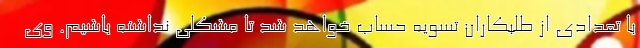
با تعدادی از طلبکاران تسویه حساب خواهد شد تا مشکلی نداشته باشیم. وی